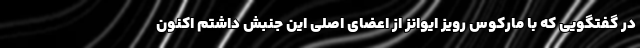
در گفتگویی که با مارکوس رویز ایوانز از اعضای اصلی این جنبش داشتم اکنون